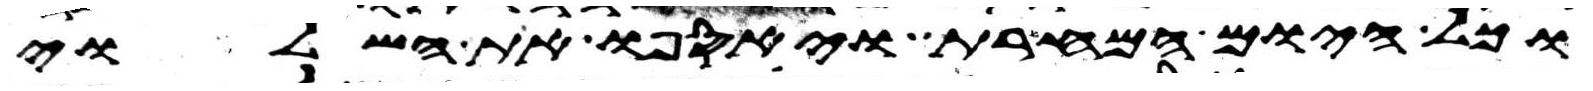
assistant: וכל היום המחרת ויאספו את השלוי